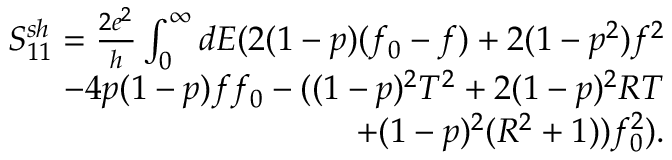
\begin{array} { r } { S _ { 1 1 } ^ { s h } = \frac { 2 e ^ { 2 } } { h } \int _ { 0 } ^ { \infty } d E ( 2 ( 1 - p ) ( f _ { 0 } - f ) + 2 ( 1 - p ^ { 2 } ) f ^ { 2 } } \\ { - 4 p ( 1 - p ) f f _ { 0 } - ( ( 1 - p ) ^ { 2 } T ^ { 2 } + 2 ( 1 - p ) ^ { 2 } R T } \\ { + ( 1 - p ) ^ { 2 } ( R ^ { 2 } + 1 ) ) f _ { 0 } ^ { 2 } ) . } \end{array}